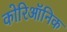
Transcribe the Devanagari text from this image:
कोरिऑनिक